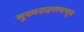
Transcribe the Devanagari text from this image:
मुख्यशहरापासून